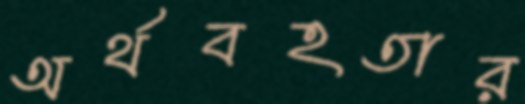
অর্থবহতার